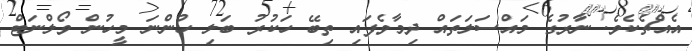
އެއްޗެކެވެ. ނާރުގެ މައްސަލަތައް ދިމާވެފައި ތިބޭ ހަކުރު ބަލި ހުންނަ މީހުން ވޯލްނަޓް